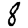
Digit: 8